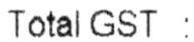
TOTAL GST :